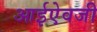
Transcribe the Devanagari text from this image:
आईऐवजी